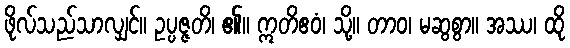
ဖိုလ်သည်သာလျှင်။ ဥပ္ပဇ္ဇတိ၊ ၏။ ဣတိဧဝံ၊ သို့။ တာဝ၊ မဆွစွာ။ အဿ၊ ထို